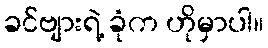
ခင်ဗျားရဲ့ ခုံက ဟိုမှာပါ။